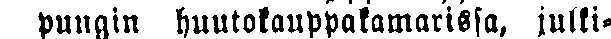
pungin huutokauppakamarissa, julki-